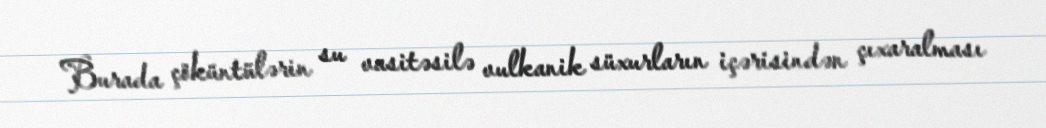
Burada çöküntülərin su vasitəsilə vulkanik süxurların içərisindən çıxaralması